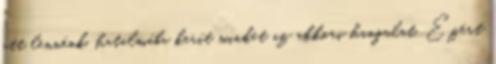
ott lennénk, hatalmába kerít minket az akkori hangulat. Ezért